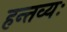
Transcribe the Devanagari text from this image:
हन्तव्यः